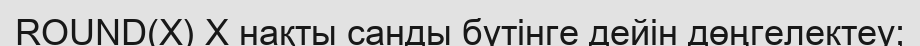
ROUND(X) Х нақты санды бүтінге дейін дөңгелектеу;